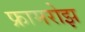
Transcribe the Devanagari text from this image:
फ्रामरोझ